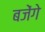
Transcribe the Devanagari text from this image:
बजेंगे